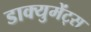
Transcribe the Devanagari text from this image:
डाक्युमेंट्स